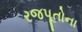
રજપૂતોના